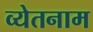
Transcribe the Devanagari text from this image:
व्येतनाम